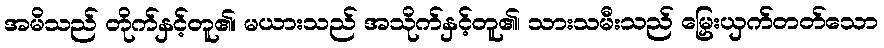
အမိသည် တိုက်နှင့်တူ၏၊ မယားသည် အသိုက်နှင့်တူ၏၊ သားသမီးသည် မြှေးယှက်တတ်သော